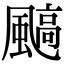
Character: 䬘